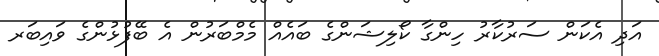
އަދި އެކަން ސަރުކާރު ހިންގާ ކޯލިޝަންގެ ބައެއް މެމްބަރުން އެ ބޭފުޅުންގެ ވައިބަރ